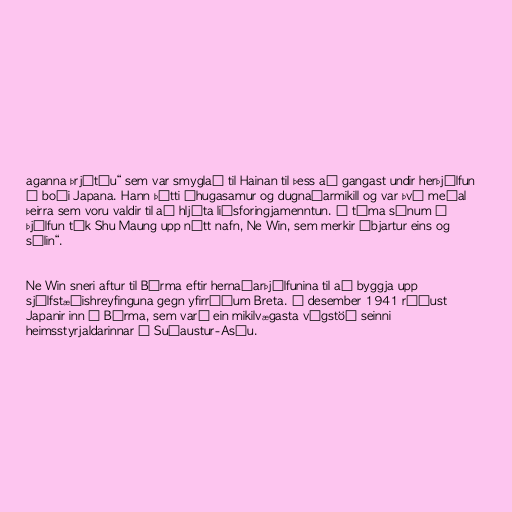
aganna þrjátíu“ sem var smyglað til Hainan til þess að gangast undir herþjálfun
í boði Japana. Hann þótti áhugasamur og dugnaðarmikill og var því meðal
þeirra sem voru valdir til að hljóta liðsforingjamenntun. Á tíma sínum í
þjálfun tók Shu Maung upp nýtt nafn, Ne Win, sem merkir „bjartur eins og
sólin“.

Ne Win sneri aftur til Búrma eftir hernaðarþjálfunina til að byggja upp
sjálfstæðishreyfinguna gegn yfirráðum Breta. Í desember 1941 réðust
Japanir inn í Búrma, sem varð ein mikilvægasta vígstöð seinni
heimsstyrjaldarinnar í Suðaustur-Asíu.